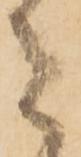
者